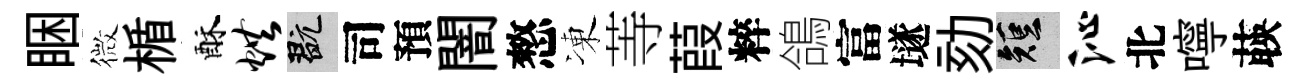
睏微楯酥烘玩司預闇憗凍䓁葭粹鴿富𡑞劾短沁北嚀𦴤